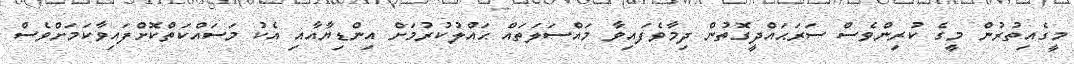
މީގެއިތުރުން މީގެ ކުރިންވެސް ސަރަޙައްދީގޮތުން ދިމާވެފައިވާ މައްސަލަތައް ޙަައްލުކުރުމަށް އިންޑިޔާއާއި އެކު މަސައްކަތްކޮށްފައިވާކަމަށްވެސް